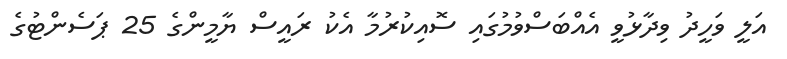
އަލީ ވަހީދު ވިދާޅުވީ އެއްބަސްވުމުގައި ސޮއިކުރުމާ އެކު ރައީސް ޔާމީންގެ 25 ޕަސެންޓުގެ